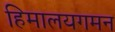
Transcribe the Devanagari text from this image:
हिमालयगमन